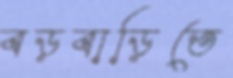
বড়বাড়িতে